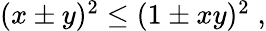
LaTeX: \begin{array}{r}{(x\pm y)^{2}\le(1\pm xy)^{2}\; ,}\end{array}